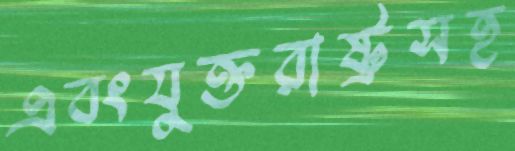
এবংযুক্তরাষ্ট্রসহ